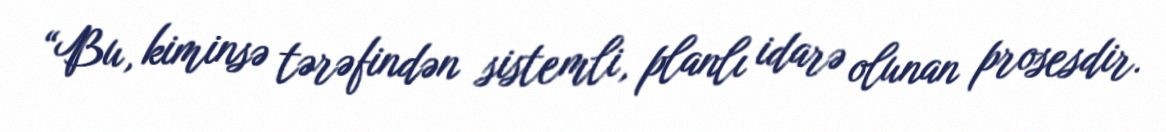
“Bu, kiminsə tərəfindən sistemli, planlı idarə olunan prosesdir.